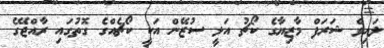
ލައިވް ޝަރަފް މާޒިޔާގެ ކޯޗު އަލީ ސުޒޭން އަކީ ކޯޗެއްގެ ގޮތުގައި ރާއްޖޭގެ